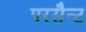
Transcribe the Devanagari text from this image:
परसैन्ट